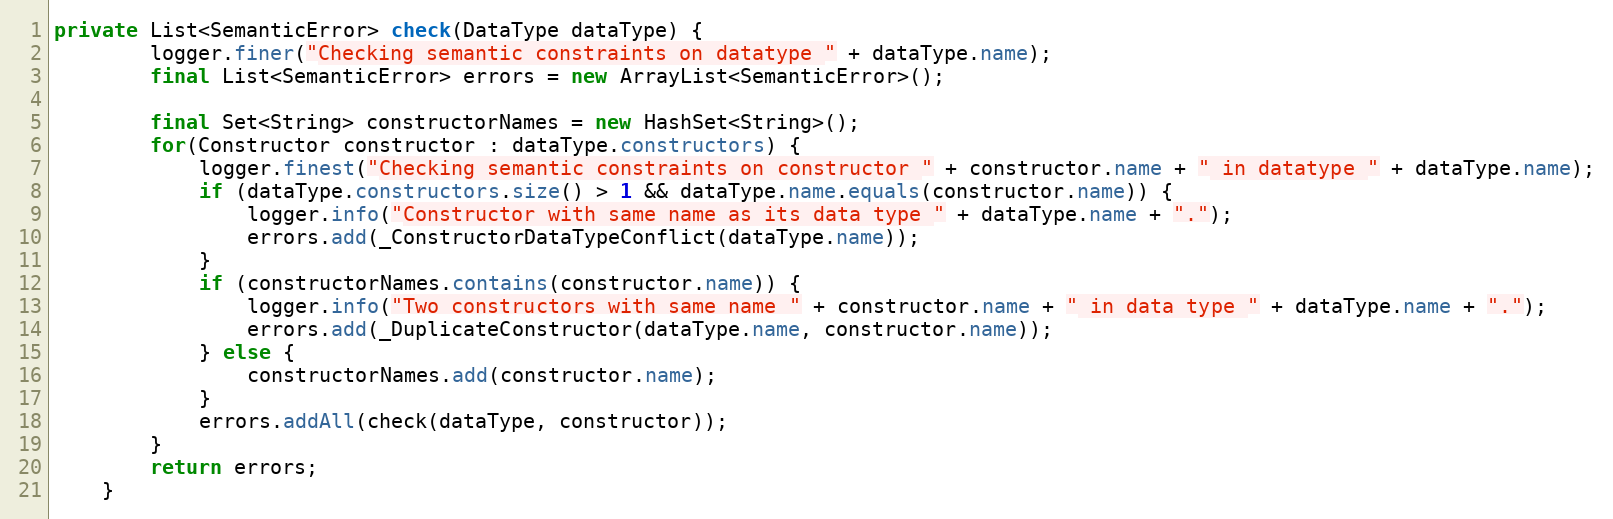
Language: Java
private List<SemanticError> check(DataType dataType) {
    	logger.finer("Checking semantic constraints on datatype " + dataType.name);
        final List<SemanticError> errors = new ArrayList<SemanticError>();

        final Set<String> constructorNames = new HashSet<String>();
        for(Constructor constructor : dataType.constructors) {
        	logger.finest("Checking semantic constraints on constructor " + constructor.name + " in datatype " + dataType.name);
            if (dataType.constructors.size() > 1 && dataType.name.equals(constructor.name)) {
            	logger.info("Constructor with same name as its data type " + dataType.name + ".");
                errors.add(_ConstructorDataTypeConflict(dataType.name));
            }
            if (constructorNames.contains(constructor.name)) {
            	logger.info("Two constructors with same name " + constructor.name + " in data type " + dataType.name + ".");
                errors.add(_DuplicateConstructor(dataType.name, constructor.name));
            } else {
                constructorNames.add(constructor.name);
            }
            errors.addAll(check(dataType, constructor));
        }
        return errors;
    }